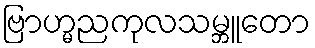
ဗြာဟ္မညကုလသမ္ဘူတော